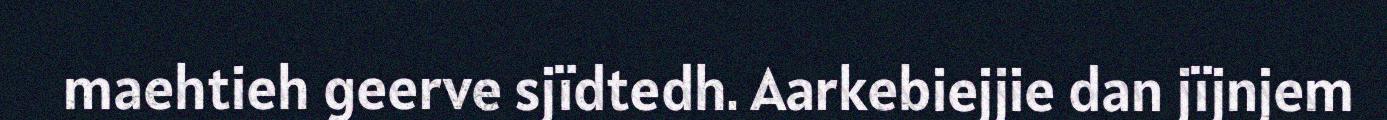
maehtieh geerve sjïdtedh. Aarkebiejjie dan jïjnjem